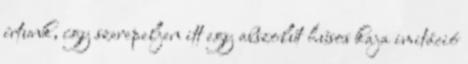
írtunk, így szerepeljen itt egy abszolút húsos kaja imitáció